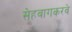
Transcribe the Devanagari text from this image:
सेहवागकरवे